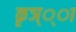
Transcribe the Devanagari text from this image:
कृञ््‌ा